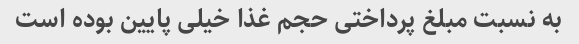
به نسبت مبلغ پرداختی حجم غذا خیلی پایین بوده است